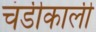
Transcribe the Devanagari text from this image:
चंडीकाली